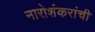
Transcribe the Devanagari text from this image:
नारोशंकरांची